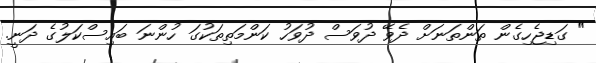
" ގަޑިޖެހިގެން ތަންތަނަށް ދެވޭ ދުވަސް ދުވަހު ކަންމަތިތަކުގަ ހުންނަ ބައިސްކަލުގެ ދަނީ.